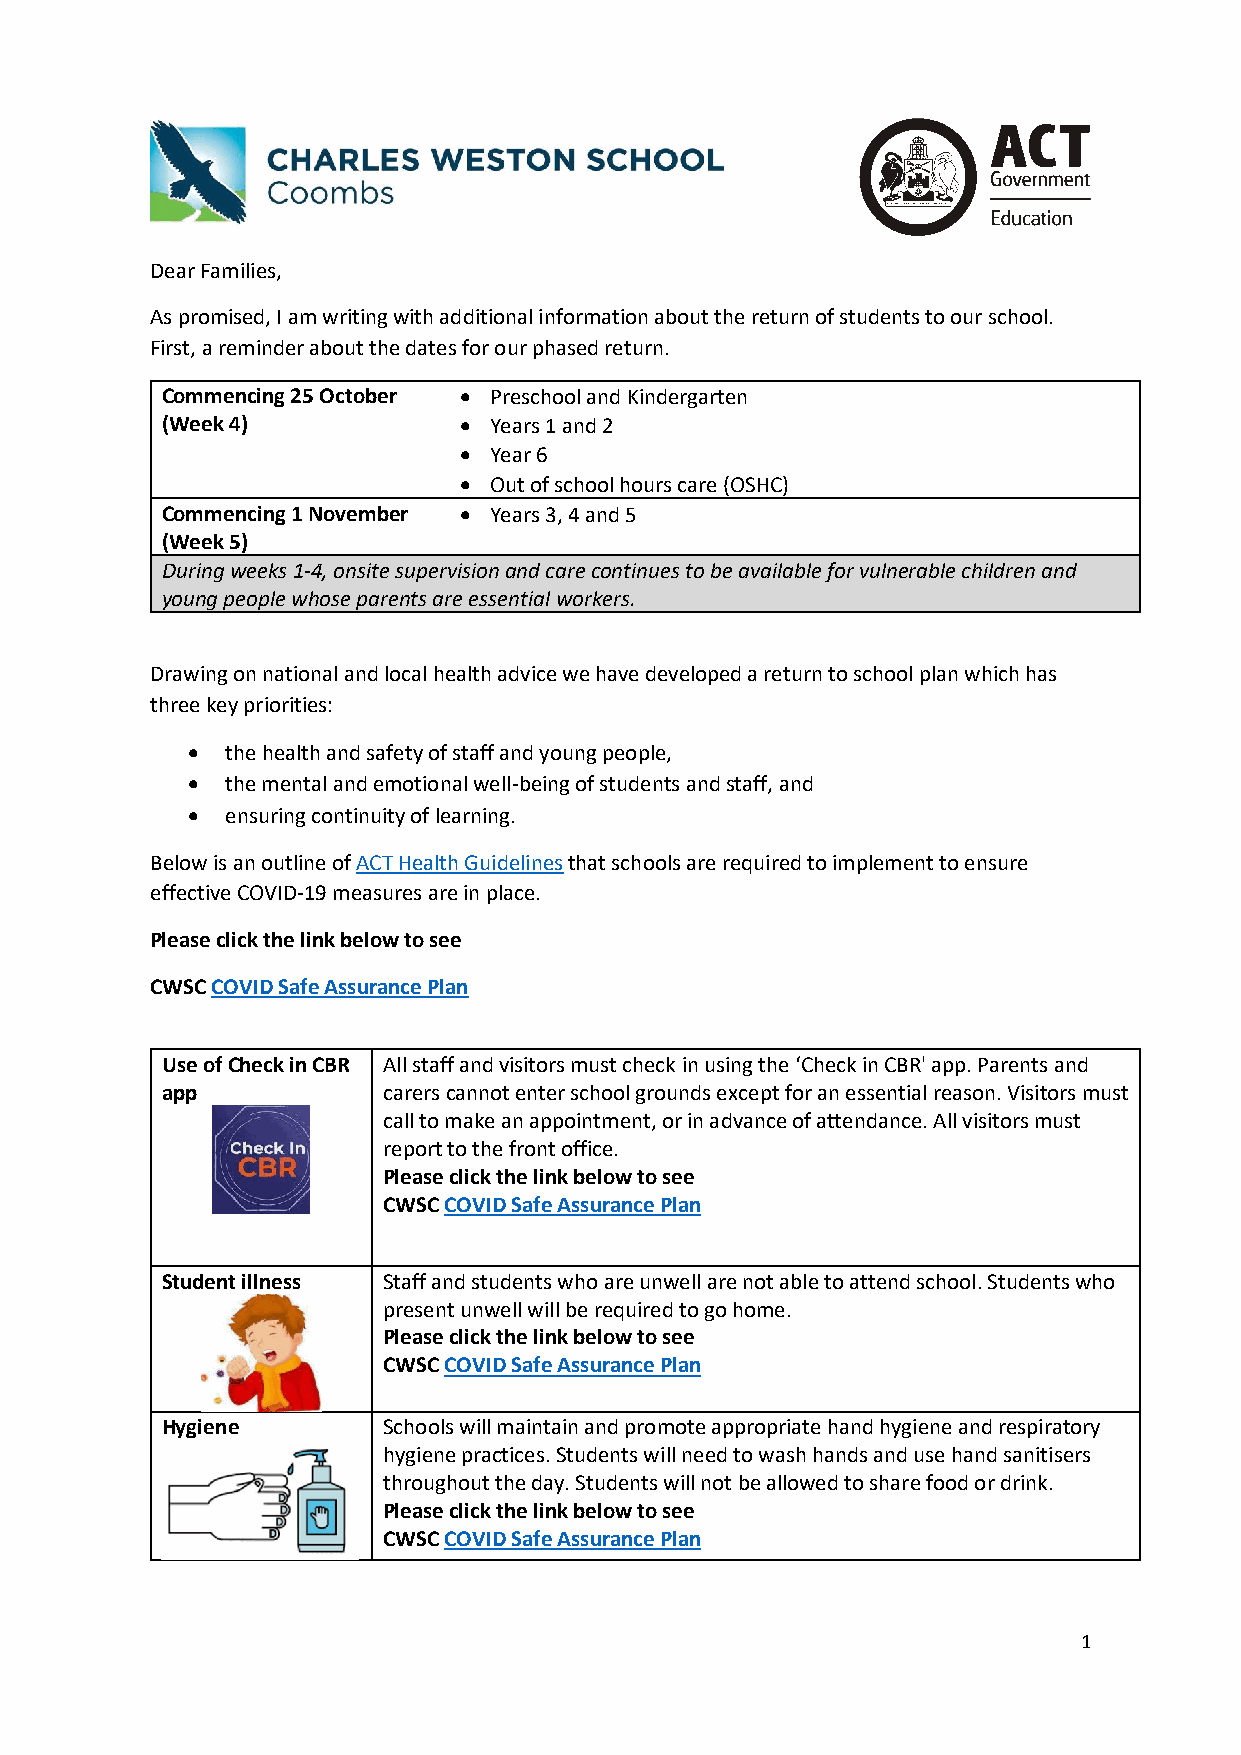
Dear Families,
 As promised, I am writing with additional information about the return of students to our school.
 First, a reminder about the dates for our phased return.
 Commencing 25 October • Preschool and Kindergarten
 (Week 4)           • Years 1 and 2
 • Year 6
 • Out of school hours care (OSHC)
 Commencing 1 November • Years 3, 4 and 5
 (Week 5)
 During weeks 1-4, onsite supervision and care continues to be available for vulnerable children and
 young people whose parents are essential workers.
 Drawing on national and local health advice we have developed a return to school plan which has
 three key priorities:
 •  the health and safety of staff and young people,
 •  the mental and emotional well-being of students and staff, and
 •  ensuring continuity of learning.
 Below is an outline of ACT Health Guidelines that schools are required to implement to ensure
 effective COVID-19 measures are in place.
 Please click the link below to see
 CWSC COVID Safe Assurance Plan
 Use of Check in CBR All staff and visitors must check in using the ‘Check in CBR' app. Parents and
 app           carers cannot enter school grounds except for an essential reason. Visitors must
 call to make an appointment, or in advance of attendance. All visitors must
 report to the front office.
 Please click the link below to see
 CWSC COVID Safe Assurance Plan
 Student illness Staff and students who are unwell are not able to attend school. Students who
 present unwell will be required to go home.
 Please click the link below to see
 CWSC COVID Safe Assurance Plan
 Hygiene       Schools will maintain and promote appropriate hand hygiene and respiratory
 hygiene practices. Students will need to wash hands and use hand sanitisers
 throughout the day. Students will not be allowed to share food or drink.
 Please click the link below to see
 CWSC COVID Safe Assurance Plan
 1